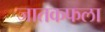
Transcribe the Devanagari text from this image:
जातकफला